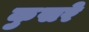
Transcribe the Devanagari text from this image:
कुसरे